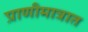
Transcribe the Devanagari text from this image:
प्राणीमात्रात